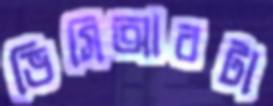
ভিসিআরটা